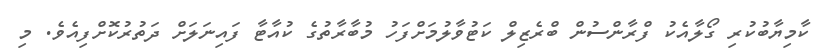
ކާމިޔާބުކުރި ގޯލާއެކު ފްރާންސުން ބްރެޒިލް ކަޓުވާލުމަށްފަހު މުބާރާތުގެ ކުއާޓާ ފައިނަލަށް ދަތުރުކޮށްފިއެވެ. މި